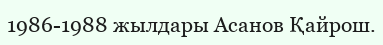
1986-1988 жылдары Асанов Қайрош.